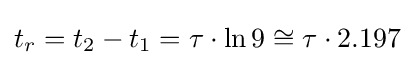
t_{r}=t_{2}-t_{1}=\tau \cdot \ln 9\cong \tau \cdot 2.197